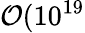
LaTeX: \mathcal{O}(10^{19}